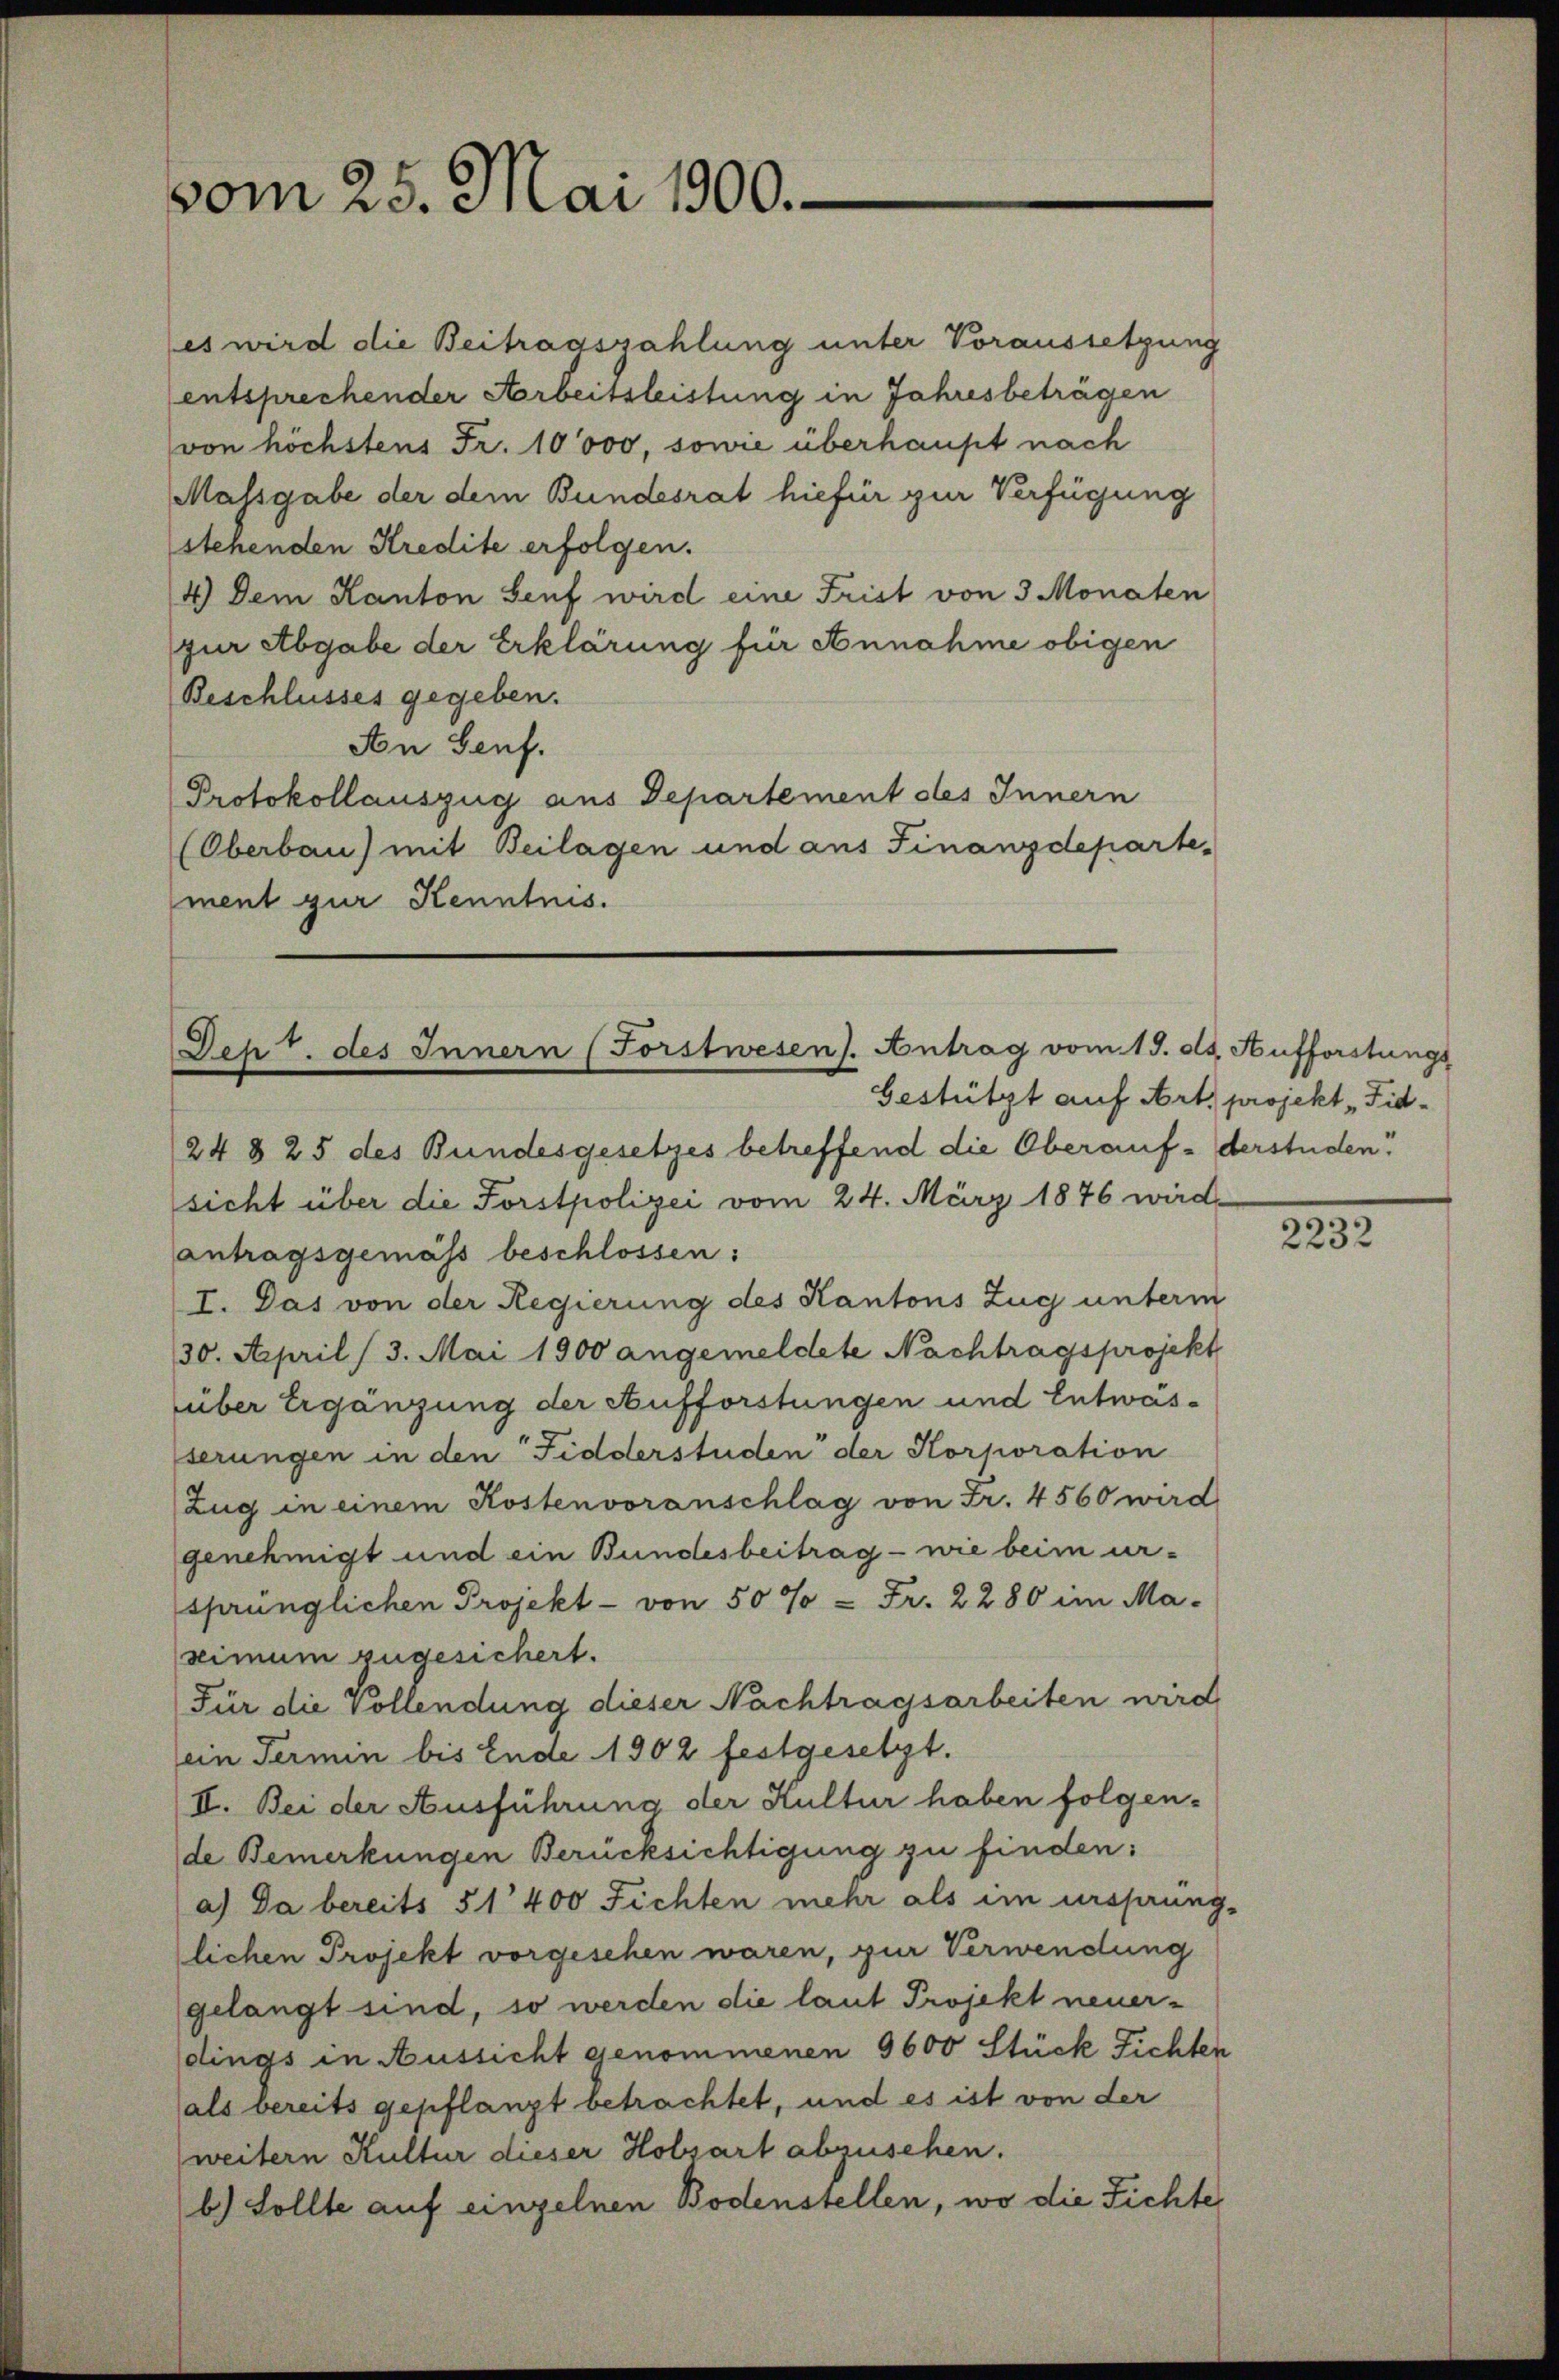
vom 25. Mai 1900.

es wird die Beitragszahlung unter Voraussetzung
entsprechender Arbeitsleistung in Jahresbeträgen
von höchstens Fr. 10000, sowie überhaupt nach
Massgabe der dem Bundesrat hiefür zur Verfügung
stehenden Kredite erfolgen.
4.) Dem Kanton Senf wird eine Frist von 3 Monaten
zur Abgabe der Erklärung für Annahme obigen
Beschlusses gegeben.
An Genf.
Protokollauszug aus Departement des Innern
(Oberbau) mit Beilagen und aus Finanzdepartement gur Kenntnis.

Dept. des Innern (Forstwesens. Antrag vom 19. ds. Aufforstungs
Gestützt auf Art, projekt „Fid¬

248 25 des Bundesgesetzes betreffend die Oberauf-derstuden
sicht über die Forstpolizei vom 24. März 1876 wird
antragsgemäss beschlossen:
I. Das von der Regierung des Kantons Zug unterm
30. April (3. Mai 1900 angemeldete Nachtragsprojekt
über Ergänzung der Aufforstungen und Entwässerungen in den Fidderstuden der Korporation
Zug in einem Kostenvoranschlag von Fr. 4560 wird
genehmigt und ein Bundesbeitrag - wie beim ur-
sprünglichen Projekt - von 50% = Fr. 2280 im Ma-
simum zugesichert.
Für die Vollendung dieser Nachtragsarbeiten wird
ein Termin bis Ende 1902 festgesetzt.
II. Bei der Ausführung der Kultur haben folgen-
de Bemerkungen Berücksichtigung zu finden:
a) Da bereits 51400 Fichten mehr als im ursprung-
lichen Projekt vorgesehen waren, zur Verwendung
gelangt sind, so werden die laut Projekt neuerdings in Aussicht genommenen 5600 Stück Fichten
als bereits gepflanzt betrachtet, und es ist von der
weitern Kultur dieser Holzart abzusehen.
b.) Sollte auf einzelnen Bodenstellen, wo die Fichte

2232